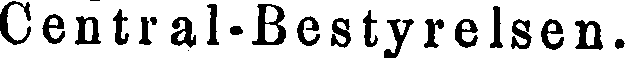
Central-Bestyrelsen.